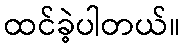
ထင်ခဲ့ပါတယ်။